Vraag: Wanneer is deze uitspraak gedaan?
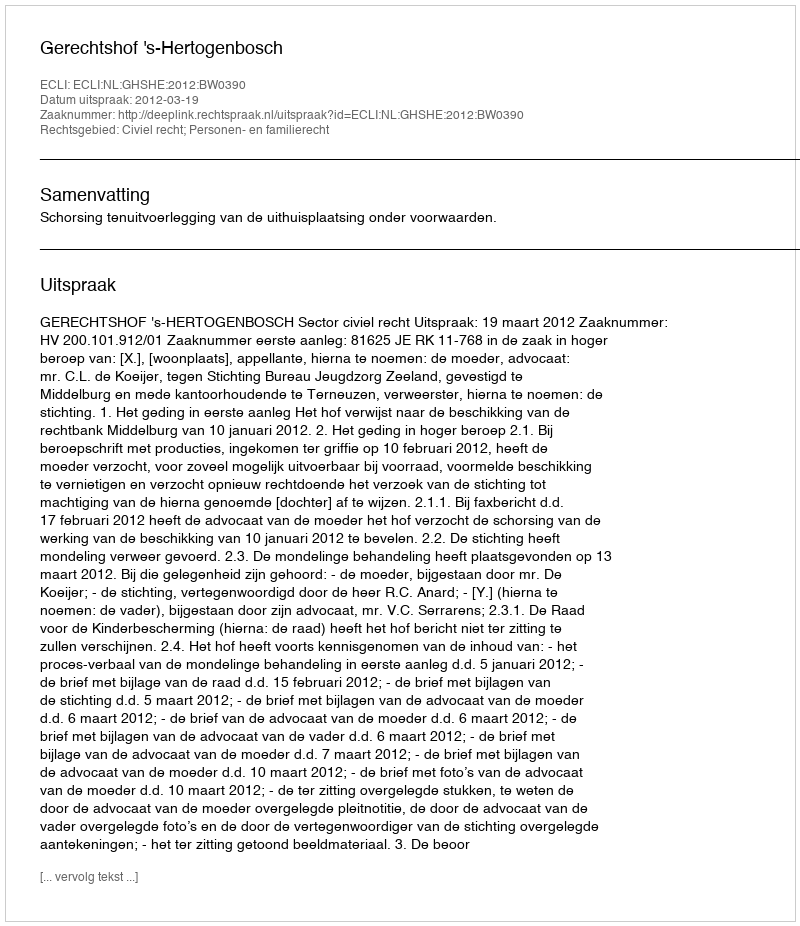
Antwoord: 2012-03-19